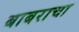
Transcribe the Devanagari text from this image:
बाबराचा